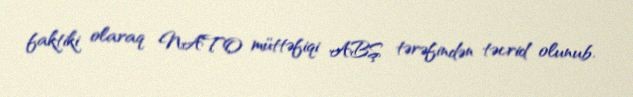
faktiki olaraq NATO müttəfiqi ABŞ tərəfindən təcrid olunub.